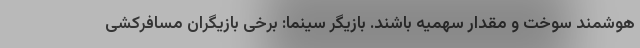
هوشمند سوخت و مقدار سهمیه باشند. بازیگر سینما: برخی بازیگران مسافرکشی